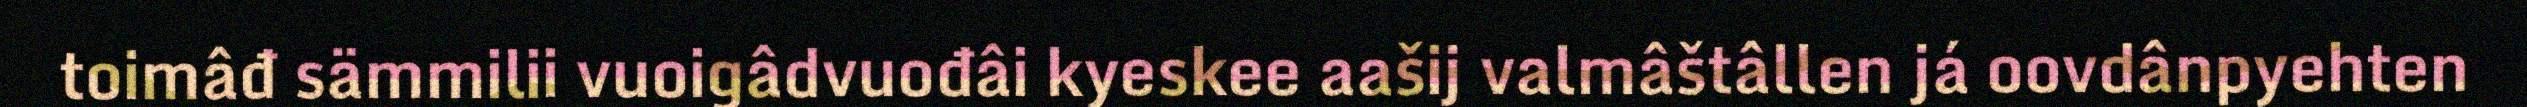
toimâđ sämmilii vuoigâdvuođâi kyeskee aašij valmâštâllen já oovdânpyehten